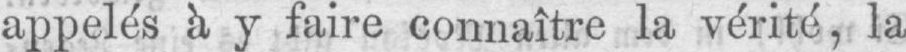
appelés à y faire connaître la vérité, la